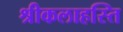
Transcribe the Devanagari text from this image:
श्रीकलाहस्ति